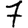
Digit: 7